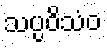
သပ္ပဝိသံဝ